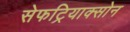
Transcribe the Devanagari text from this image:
सेफट्रियाक्सोन